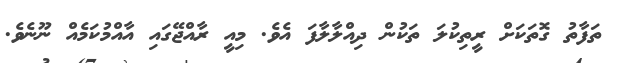
ތަފާތު ގޮތަކަށް ރީތިކުލަ ތަކުން ދިއްލާލާފަ އެވެ. މިއީ ރާއްޖޭގައި އާއްމުކަމެއް ނޫނެވެ.